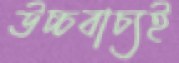
উচ্চবাচ্যই